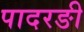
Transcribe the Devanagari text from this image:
पादरङी